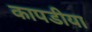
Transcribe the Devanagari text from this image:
कापडीया